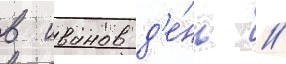
в иванов д'е́нь //